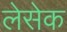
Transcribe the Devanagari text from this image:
लेसेक